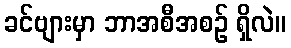
ခင်ဗျားမှာ ဘာအစီအစဉ် ရှိလဲ။